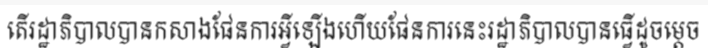
តើរដ្ឋាភិបាលបានកសាងផែនការអ្វីឡើងហើយផែនការនេះរដ្ឋាភិបាលបានធ្វើដូចម្តេច